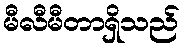
မီလီမီတာရှိသည်